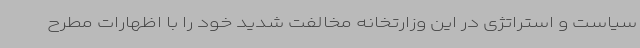
سیاست و استراتژی در این وزارتخانه مخالفت شدید خود را با اظهارات مطرح